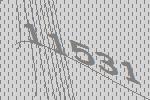
11531